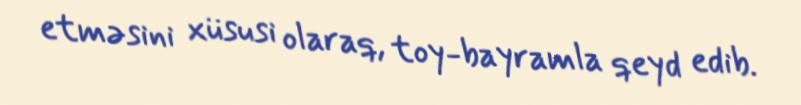
etməsini xüsusi olaraq, toy-bayramla qeyd edib.